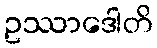
ဥဿာဒေါတိ